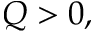
Q > 0 ,